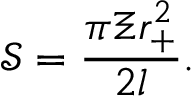
\mathcal { S } = \frac { \pi \Xi r _ { + } ^ { 2 } } { 2 l } .